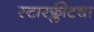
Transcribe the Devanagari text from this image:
स्टारफ्लीटचा